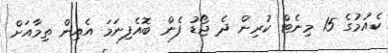
ކެއުމުގެ 15 މިނެޓް ކުރިން ދެ ޖޯޑު ފެން ބޮއެފިނަމަ އެއިން ތިމާއަށް